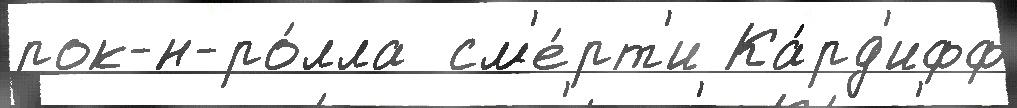
рок-н-ро́лла  см'е́рт'и Ка́рд'ифф